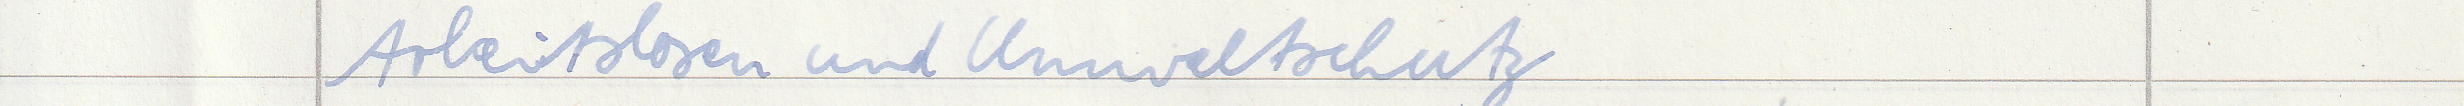
Arbeitslosen und Umweltschutz